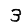
Digit: 3